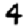
Digit: 4